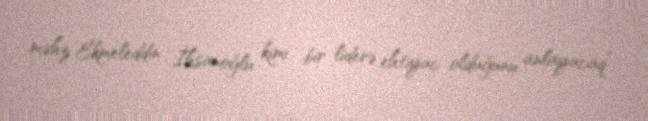
məhz Ekmeleddin İhsanoğlu kimi bir liderə ehtiyac olduğunu anlayacaq”.